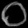
Digit: ၀